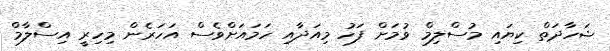
ޝަހާދަތް ކިޔައި މުސްލިމް ވުމަށް ފަހު މިއަދާއި ހަމައަށްވެސް އަހަރެން މިހިރީ އިސްލާމް